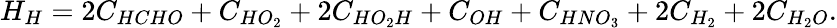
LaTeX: H_{H}=2C_{HCHO}+C_{HO_{2}}+2C_{HO_{2}H}+C_{OH}+C_{HNO_{3}}+2C_{H_{2}}+2C_{H_{2}O}.